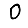
Digit: 0